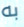
به